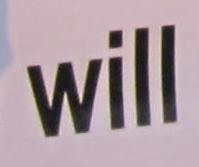
will